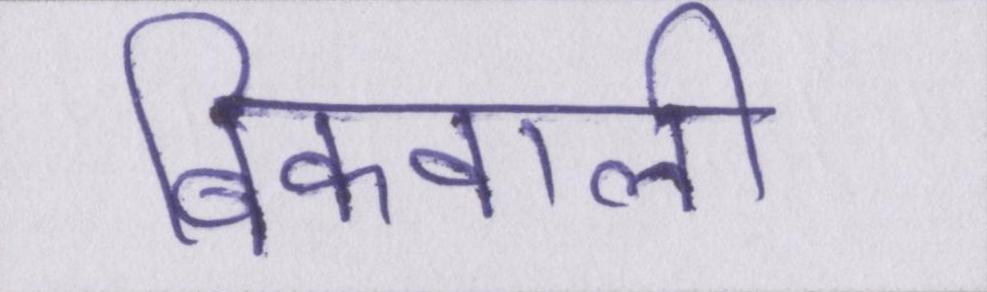
बिकवाली